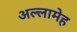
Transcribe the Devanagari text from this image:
अल्लामेह